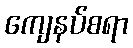
ကျေနပ်စရာ